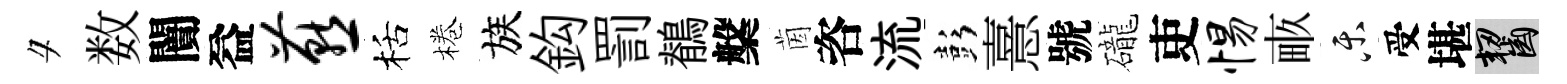
夕数闠益燕栝棬族鈎罰鶺槃茵咨流彭憙號礲吏惕畞乐受堪齧